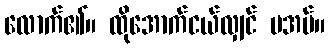
လောက်၏။ ထိုအောက်ငယ်လျှင် မအပ်။